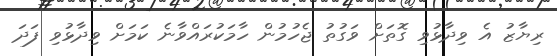
ރިޔާޒު އެ ވިދާޅުވި ގޮތަށް ވަގުތު ޖެހުމުން ހާމަކުރައްވާނެ ކަމަށް ވިދާޅުވި ފަދަ